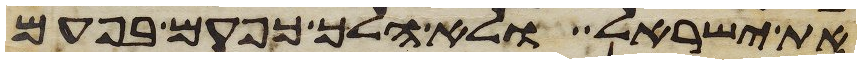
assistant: את ישראל ולא הלך כפעם בפעם